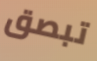
تبصق